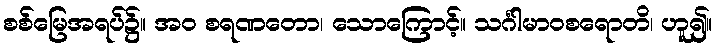
စစ်မြေအရပ်၌။ အဝ စရဏတော၊ သောကြောင့်။ သင်္ဂါမာဝစရောတိ၊ ဟူ၍။